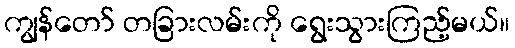
ကျွန်တော် တခြားလမ်းကို ရွေးသွားကြည့်မယ်။